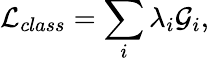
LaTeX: {\cal L}_{class}=\sum_{i}\lambda_{i}{\cal G}_{i},